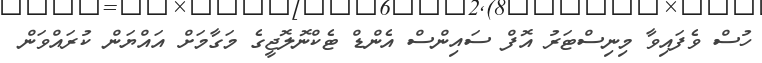
ހުސް ވެފައިވާ މިނިސްޓަރު އޮފް ސައިންސް އެންޑް ޓެކްނޮލޮޖީގެ މަގާމަށް އައްޔަން ކުރައްވަން